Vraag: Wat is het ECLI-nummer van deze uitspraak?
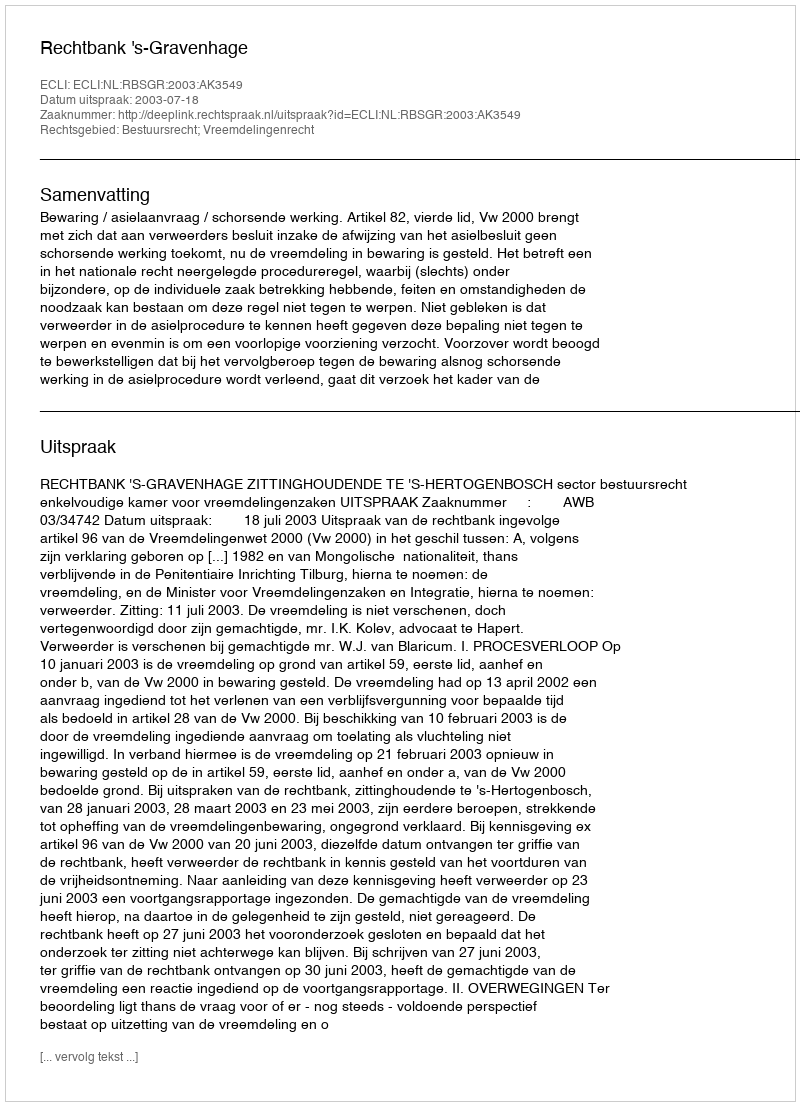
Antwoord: ECLI:NL:RBSGR:2003:AK3549